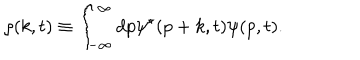
{ \rho } ( k , t ) \equiv \int _ { - \infty } ^ { \infty } d p { \psi } ^ { \star } ( p + k , t ) { \psi } ( p , t ) .